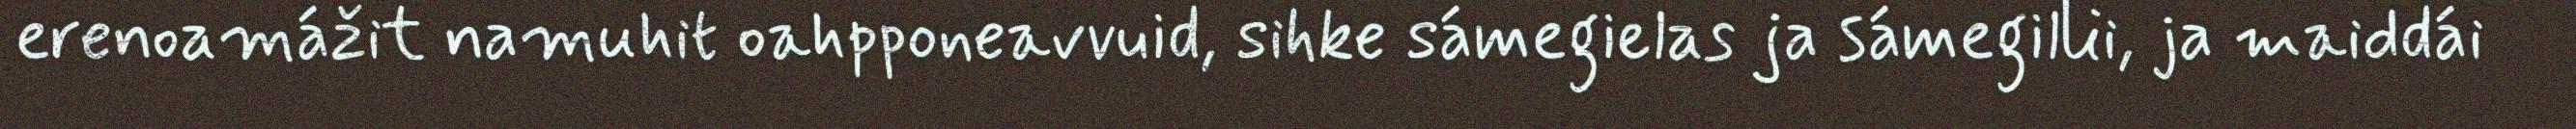
erenoamážit namuhit oahpponeavvuid, sihke sámegielas ja sámegillii, ja maiddái